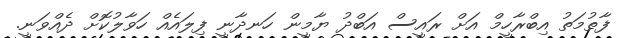
ފާތުމަތު އިބްރާހީމް އަށް ރައީސް އަބްދު ޔާމީން ހަނދާނީ ފިލައެއް ހަވާލުކޮށް ދެއްވަނީ.